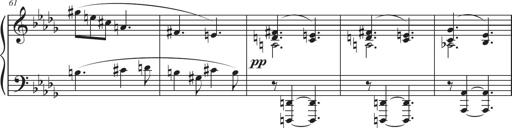
Title: Sonatina in D major
Composer: Shota Saitoh
Key: D major